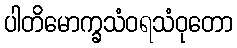
ပါတိမောက္ခသံဝရသံဝုတော